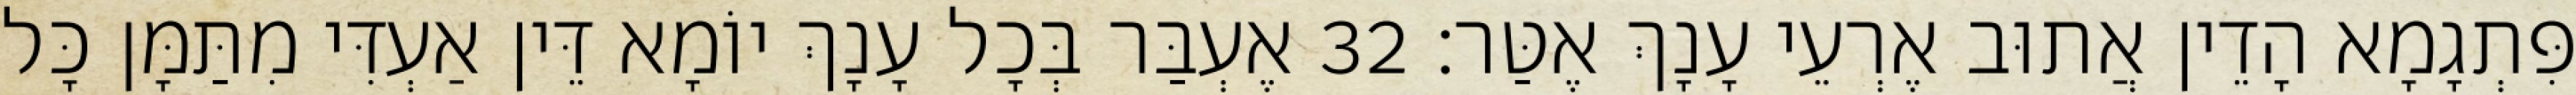
פִּתְגָמָא הָדֵין אֲתוּב אֶרְעֵי עָנָךְ אֶטַּר׃ 32 אֶעְבַּר בְּכָל עָנָךְ יוֹמָא דֵּין אַעְדִּי מִתַּמָּן כָּל